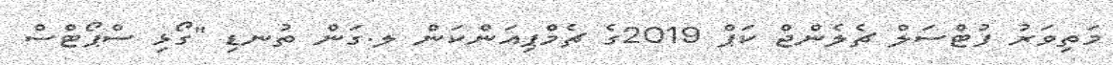
މަތިވަރު ފުޓްސަލް ޗެލެންޖް ކަޕް 2019ގެ ޗެމްޕިއަންކަން ލ.ގަން ތުނޑި "ގޯޅި ސްޕޯޓްސް